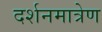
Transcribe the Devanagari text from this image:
दर्शनमात्रेण